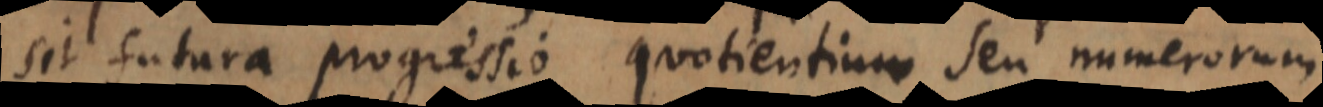
sit futura progressio quotientium seu numerorum